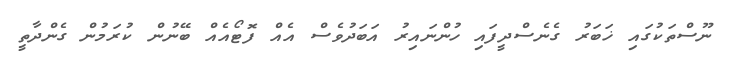
ނޫސްތަކުގައި ޚަބަރު ގެނެސްދީފައި ހުންނައިރު އަބަދުވެސް އެއް ފޮޓޯއެއް ބޭނުން ކުރަމުން ގެންދާތީ